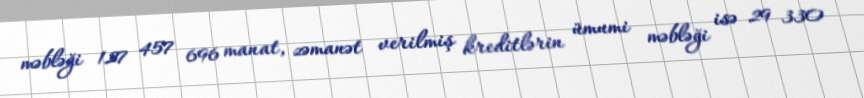
məbləği 127 457 696 manat, zəmanət verilmiş kreditlərin ümumi məbləği isə 29 330